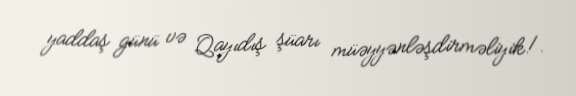
yaddaş günü və Qayıdış şüarı müəyyənləşdirməliyik!.